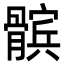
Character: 髌